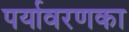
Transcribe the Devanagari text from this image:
पर्यावरणका